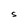
Character: S